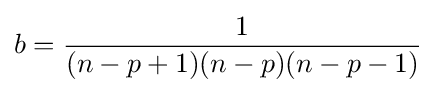
b={\frac {1}{(n-p+1)(n-p)(n-p-1)}}